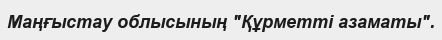
Маңғыстау облысының "Құрметтi азаматы".